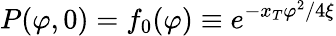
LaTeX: P(\varphi,0)=f_{0}(\varphi)\equiv e^{-x_{T}\varphi^{2}/4\xi}